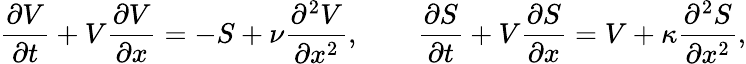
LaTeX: \displaystyle{\frac{\partial V}{\partial t}}+V\displaystyle{\frac{\partial V}{\partial x}}=-S+\nu\displaystyle{\frac{\partial^{2}V}{\partial x^{2}}},\qquad\displaystyle{\frac{\partial S}{\partial t}}+V\displaystyle{\frac{\partial S}{\partial x}}=V+\kappa\displaystyle{\frac{\partial^{2}S}{\partial x^{2}}},